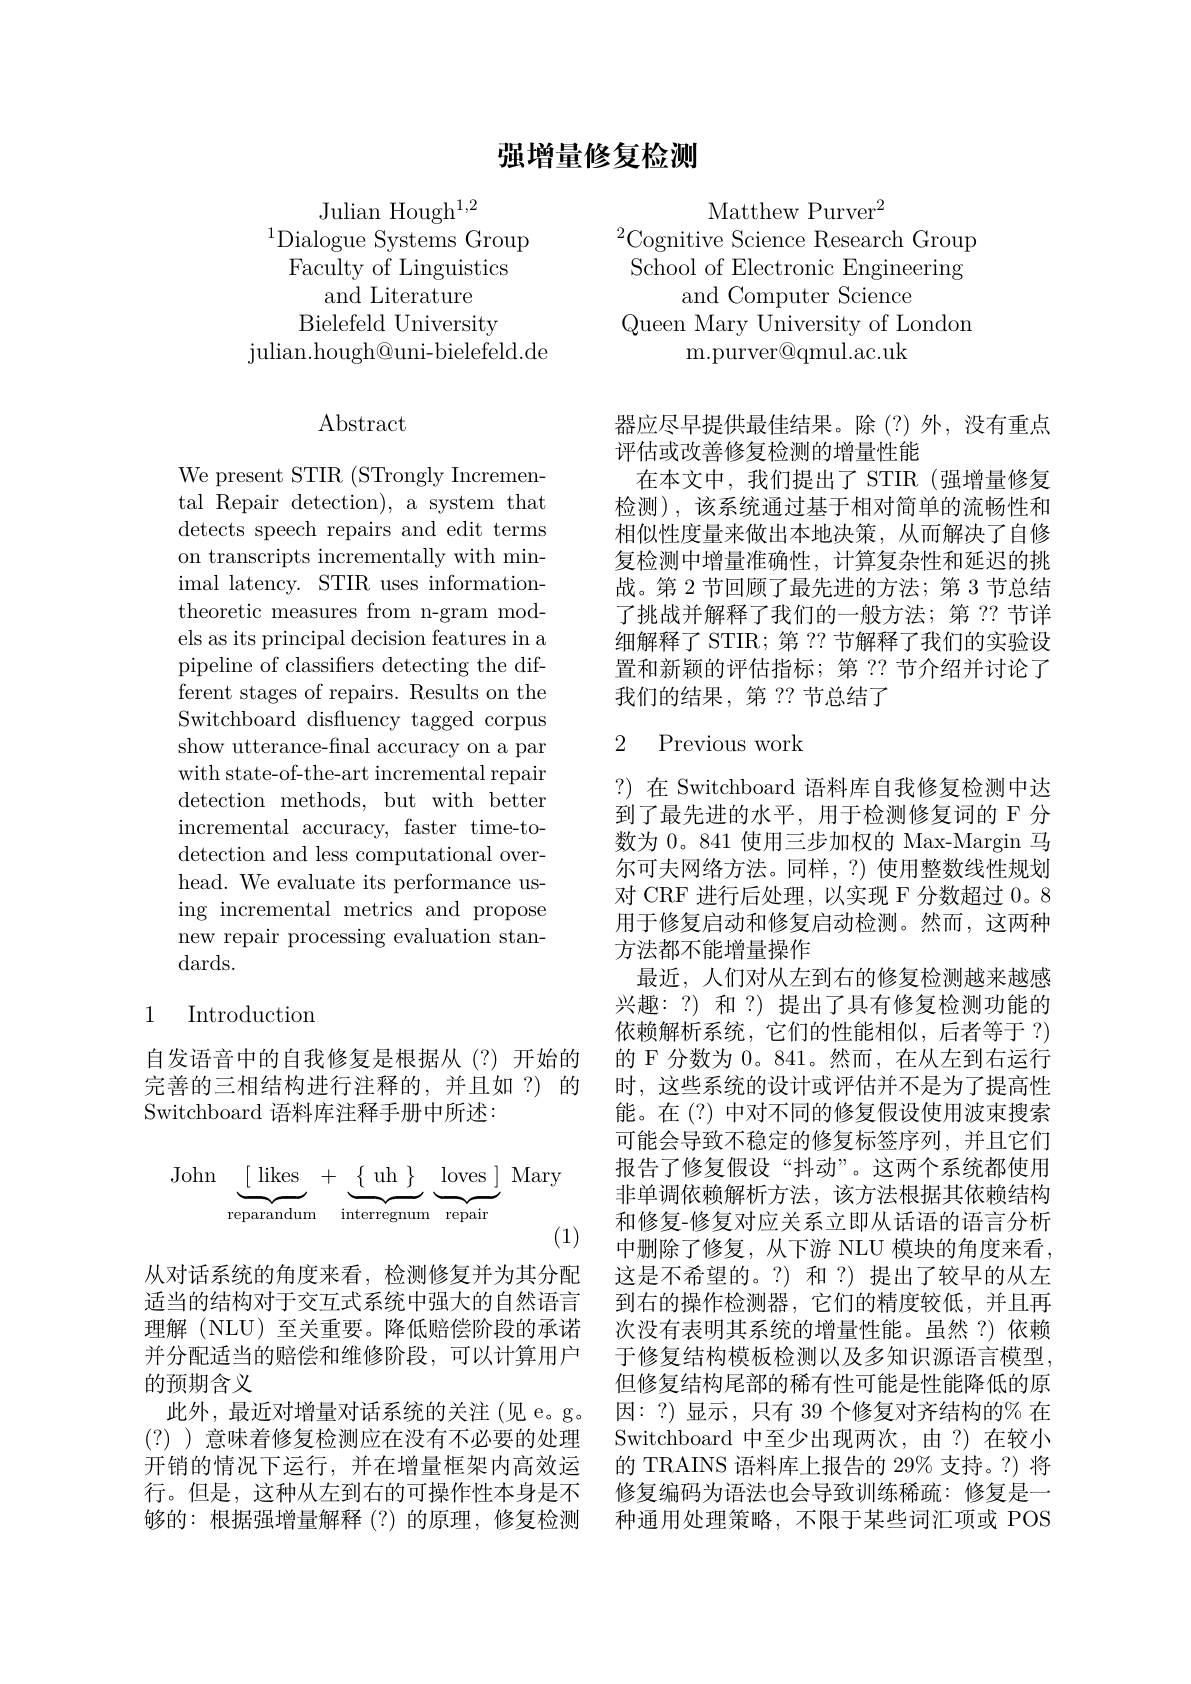
## 强增量修复检测

Julian Hough$^{1,2}$
$^{1}$Dialogue Systems Group
Faculty of Linguistics
and Literature
Bielefeld University
${\mathrm{julian.hough@uni-bielefeld.de}}$

$\operatorname{Abstract}$

We present STIR (STrongly Incremental Repair detection), a system that detects speech repairs and edit terms on transcripts incrementally with minimal latency. STIR uses informationtheoretic measures from n-gram models as its principal decision features in a pipeline of classifiers detecting the different stages of repairs. Results on the Switchboard disfluency tagged corpus show utterance-final accuracy on a par with state-of-the-art incremental repair detection methods, but with better incremental accuracy, faster time-todetection and less computational overhead. We evaluate its performance using incremental metrics and propose new repair processing evaluation stan- ${\mathrm{dards.}}$

### 1 Introduction

自发语音中的自我修复是根据从(?)开始的完善的三相结构进行注释的，并且如？)的Switchboard 语料库注释手册中所述：
$$\text{John}\underbrace{[\text{likes}}_{\text{reparandum}}+\underbrace{\{\text{uh}\}}_{\text{interregnum}}\underbrace{\text{loves}]}_{\text{repair}}\text{Mary}$$
从对话系统的角度来看，检测修复并为其分配适当的结构对于交互式系统中强大的自然语言理解 (NLU) 至关重要。降低赔偿阶段的承诺并分配适当的赔偿和维修阶段，可以计算用户的预期含义
此外，最近对增量对话系统的关注(见 e。g。(?) )意味着修复检测应在没有不必要的处理开销的情况下运行，并在增量框架内高效运行。但是，这种从左到右的可操作性本身是不够的：根据强增量解释(?)的原理，修复检测

Matthew Purver$^2$
$^{2}$Cognitive Science Research Group School of Electronic Engineering
and Computer Science
Queen Mary University of London
m. purver@ qmul. ac. uk

器应尽早提供最佳结果。除(?)外，没有重点
评估或改善修复检测的增量性能
在本文中，我们提出了 STIR(强增量修复检测),该系统通过基于相对简单的流畅性和相似性度量来做出本地决策，从而解决了自修复检测中增量准确性，计算复杂性和延迟的挑战。第 2 节回顾了最先进的方法；第 3 节总结了挑战并解释了我们的一般方法；第 ?? 节详细解释了 STIR; 第 ?? 节解释了我们的实验设置和新颖的评估指标；第 ?? 节介绍并讨论了我们的结果，第？?节总结了

## 2 Previous work

?)在 Switchboard 语料库自我修复检测中达到了最先进的水平，用于检测修复词的 F 分数为 0。841 使用三步加权的 Max-Margin 马尔可夫网络方法。同样，?) 使用整数线性规划对 CRF 进行后处理，以实现 F 分数超过 0。8用于修复启动和修复启动检测。然而，这两种方法都不能增量操作
最近，人们对从左到右的修复检测越来越感兴趣：?)和？)提出了具有修复检测功能的依赖解析系统，它们的性能相似，后者等于？) 的 F 分数为0。841。然而，在从左到右运行时，这些系统的设计或评估并不是为了提高性能。在(?) 中对不同的修复假设使用波束搜索可能会导致不稳定的修复标签序列，并且它们报告了修复假设“抖动”。这两个系统都使用非单调依赖解析方法，该方法根据其依赖结构和修复-修复对应关系立即从话语的语言分析中删除了修复，从下游 NLU 模块的角度来看， 这是不希望的。?)和？)提出了较早的从左到右的操作检测器，它们的精度较低，并且再次没有表明其系统的增量性能。虽然？)依赖于修复结构模板检测以及多知识源语言模型， 但修复结构尾部的稀有性可能是性能降低的原因：?)显示，只有 39 个修复对齐结构的$\%$ 在Switchboard 中至少出现两次，由？)在较小的 TRAINS 语料库上报告的 29% 支持。?) 将修复编码为语法也会导致训练稀疏：修复是一种通用处理策略，不限于某些词汇项或 POS